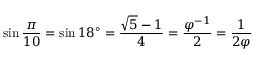
\sin { \frac { \pi } { 1 0 } } = \sin 1 8 ^ { \circ } = { \frac { { \sqrt { 5 } } - 1 } { 4 } } = { \frac { \varphi ^ { - 1 } } { 2 } } = { \frac { 1 } { 2 \varphi } }